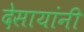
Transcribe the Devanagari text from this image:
देसायांनी